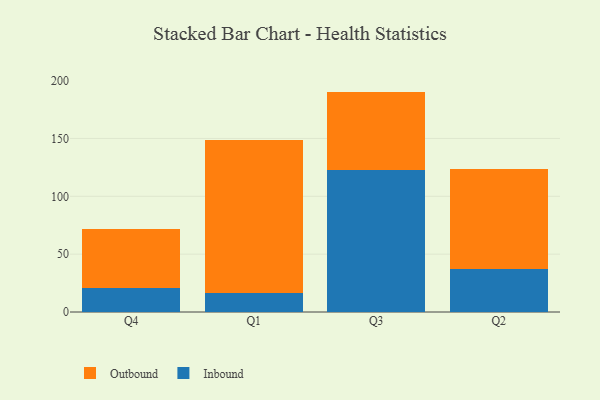
{"axis": {"x": "Quarter", "y": "Conversion Rate (%)"}, "legend": ["Inbound", "Outbound"], "data": [{"x": "Q4", "y": 21.0, "type": "Inbound"}, {"x": "Q4", "y": 51.1, "type": "Outbound"}, {"x": "Q1", "y": 16.5, "type": "Inbound"}, {"x": "Q1", "y": 132.2, "type": "Outbound"}, {"x": "Q3", "y": 123.1, "type": "Inbound"}, {"x": "Q3", "y": 67.4, "type": "Outbound"}, {"x": "Q2", "y": 37.0, "type": "Inbound"}, {"x": "Q2", "y": 86.5, "type": "Outbound"}]}